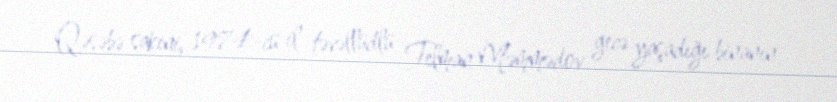
Qəsəbə sakini, 1974-cü il təvəllüdlü Telman Məmmədov gecə yaşadığı binanın